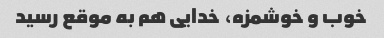
خوب و خوشمزه، خدایی هم به موقع رسید